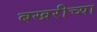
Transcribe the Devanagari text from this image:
बखरीच्या